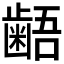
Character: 𪘚